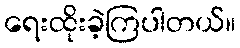
ရေးထိုးခဲ့ကြပါတယ်။